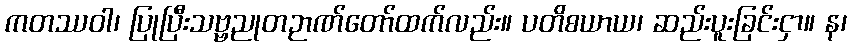
ကတဿဝါ၊ ပြုပြီးသဗ္ဗညုတဉာဏ်တော်ထက်လည်း။ ပတိစယာယ၊ ဆည်းပူးခြင်းငှာ။ န၊